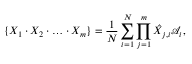
\{ X _ { 1 } \cdot X _ { 2 } \cdot \ldots \cdot X _ { m } \} = \frac { 1 } { N } \sum _ { i = 1 } ^ { N } \prod _ { j = 1 } ^ { m } \hat { X } _ { j , i } \mathcal { A } _ { i } ,